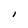
Character: I